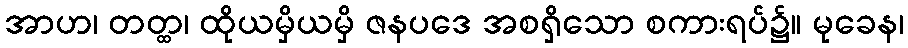
အာဟ၊ တတ္ထ၊ ထိုယမှိယမှိ ဇနပဒေ အစရှိသော စကားရပ်၌။ မုခေန၊